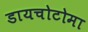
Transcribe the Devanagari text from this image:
डायचोटोमा